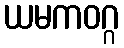
ယမကဝဂ္ဂ